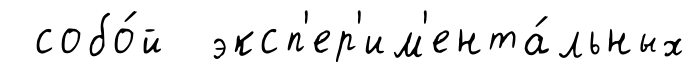
собо́й эксп'ер'им'ента́льных